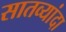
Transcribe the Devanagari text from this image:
सातव्यांदा